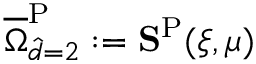
\overline { { \Omega } } _ { \hat { d } = 2 } ^ { \mathrm { { P } } } : = \mathbf { S } ^ { \mathrm { P } } ( \xi , \mu )